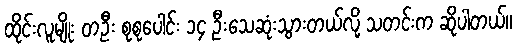
ထိုင်းလူမျိုး တဦး စုစုပေါင်း ၁၄ ဦးသေဆုံးသွားတယ်လို့ သတင်းက ဆိုပါတယ်။